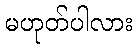
မဟုတ်ပါလား